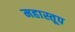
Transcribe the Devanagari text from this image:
महास्तूप